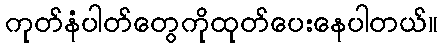
ကုတ်နံပါတ်တွေကိုထုတ်ပေးနေပါတယ်။